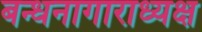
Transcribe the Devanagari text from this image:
बन्धनागाराध्यक्ष